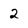
Character: 2